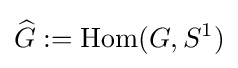
{\widehat {G}}:=\mathrm {Hom} (G,S^{1})